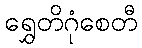
ရွှေတိဂုံစေတီ